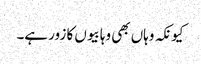
کیونکہ وہاں بھی وہابیوں کا زور ہے۔